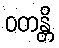
ဝတန္တိ